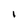
Character: I